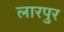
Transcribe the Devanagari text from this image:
लारपुर